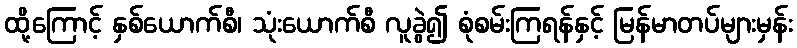
ထို့ကြောင့် နှစ်ယောက်စီ၊ သုံးယောက်စီ လူခွဲ၍ စုံစမ်းကြရန်နှင့် မြန်မာတပ်များမှန်း